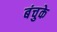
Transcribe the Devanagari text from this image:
बंचुके